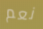
نعم